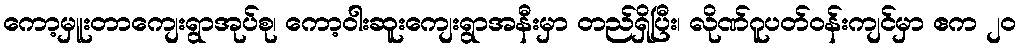
ကော့မှူးတာကျေးရွာအုပ်စု၊ ကော့ဝါးဆူးကျေးရွာအနီးမှာ တည်ရှိပြီး၊ လိုဏ်ဂူပတ်ဝန်းကျင်မှာ ဧက ၂၀